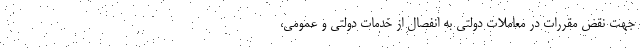
جهت نقض مقررات در معاملات دولتی به انفصال از خدمات دولتی و عمومی،